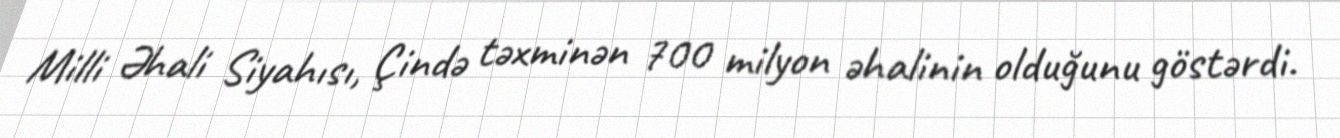
Milli Əhali Siyahısı, Çində təxminən 700 milyon əhalinin olduğunu göstərdi.